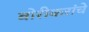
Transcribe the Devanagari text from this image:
बोरीकरांचे